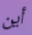
أين